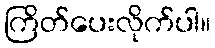
ကြိတ်ပေးလိုက်ပါ။